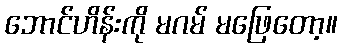
ဘောင်ဟိန်းကို မဂမ် မဖြေတော့။